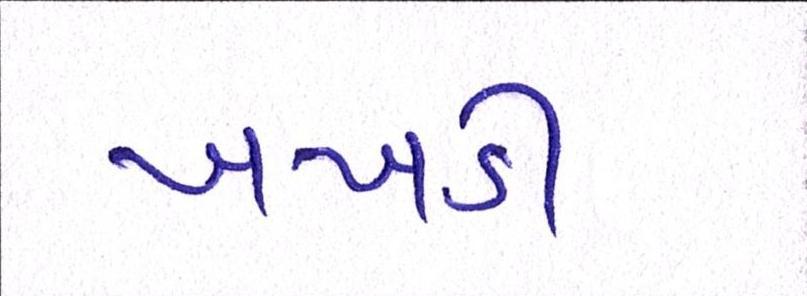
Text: ખખડી